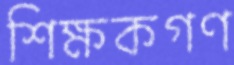
শিক্ষকগণ